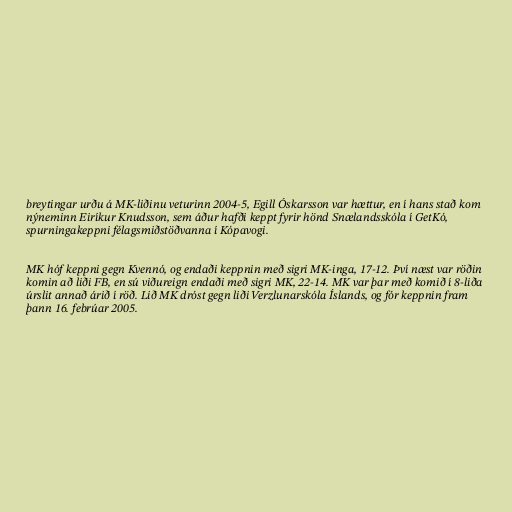
breytingar urðu á MK-liðinu veturinn 2004-5, Egill Óskarsson var hættur, en í hans stað kom
nýneminn Eiríkur Knudsson, sem áður hafði keppt fyrir hönd Snælandsskóla í GetKó,
spurningakeppni félagsmiðstöðvanna í Kópavogi.

MK hóf keppni gegn Kvennó, og endaði keppnin með sigri MK-inga, 17-12. Því næst var röðin
komin að liði FB, en sú viðureign endaði með sigri MK, 22-14. MK var þar með komið í 8-liða
úrslit annað árið í röð. Lið MK dróst gegn liði Verzlunarskóla Íslands, og fór keppnin fram
þann 16. febrúar 2005.